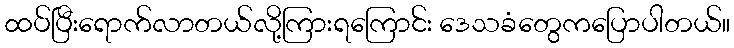
ထပ်ပြီးရောက်လာတယ်လို့ကြားရကြောင်း ဒေသခံတွေကပြောပါတယ်။